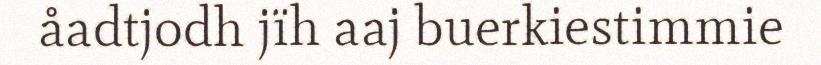
åadtjodh jïh aaj buerkiestimmie